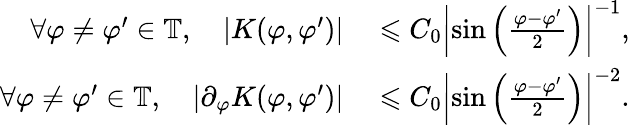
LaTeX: \begin{array}{rl}{\forall\varphi\neq\varphi^{\prime}\in\mathbb{T},\quad|K(\varphi,\varphi^{\prime})|}&{{}\leqslant C_{0}\left|\sin\left(\frac{\varphi-\varphi^{\prime}}{2}\right)\right|^{-1},}\\ {\forall\varphi\neq\varphi^{\prime}\in\mathbb{T},\quad|\partial_{\varphi}K(\varphi,\varphi^{\prime})|}&{{}\leqslant C_{0}\left|\sin\left(\frac{\varphi-\varphi^{\prime}}{2}\right)\right|^{-2}.}\end{array}